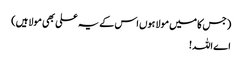
(جس کا میں مولا ہوں اس کے یہ علی بھی مولا ہیں)
اے اللہ!